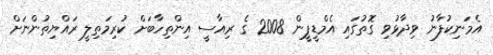
އެމަނިކުފާނު ވިދާޅުވި ގޮތުގައި އެމްޑީޕީން 2008 ގެ ރިއާސީ އިންތިހާބަށް ކުރިމަތިލީ ރައްޔިތުންނަށް